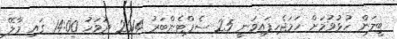
ބީލަން ހުޅުވުމަށް ހަމަޖެހިފައިވަނީ 25 ސެޕްޓެންބަރު 2014 ދުވަހު 14:00 ގައި މާލޭ